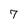
Character: 7